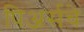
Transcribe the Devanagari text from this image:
पिअर्सचे